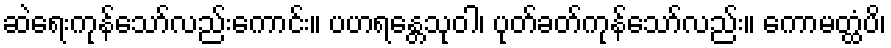
ဆဲရေးကုန်သော်လည်းကောင်း။ ပဟရန္တေသုဝါ၊ ပုတ်ခတ်ကုန်သော်လည်း။ ကောမတ္ထံပိ၊